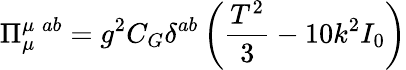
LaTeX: \Pi_{\mu}^{\mu\; ab}=g^{2}C_{G}\delta^{ab}\left(\frac{T^{2}}{3}-10k^{2}I_{0}\right)